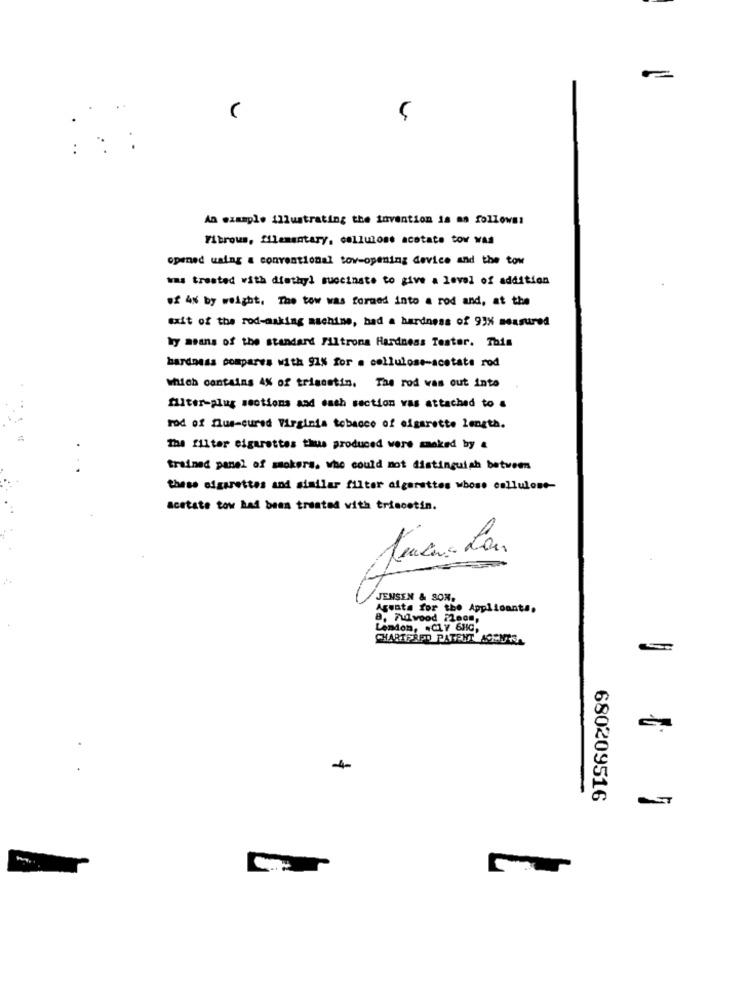
(
An example illustrating the invention is as follows:
Fibrous, Ellementary, cellulose acetate tov was
opened using a conventional tov-opening device and the tow
was treated with diethyl succinate to give a level of addition
of 4% by weight. The tow was formed into a rod and, at the
exit of the rod-making machine, had a hardness of 93% measured
by means of the standard Filtrona Hardness Tester. This
hardness compares with 91% for a cellulose-acetate rod
Which contains A% of trigostin. The rod was out into
filter-plug sections and each section vas attached to a
rod of nus-cured Virginia tobacco of cigarette length.
The filter cigarettes thus produced were smoked by .
trained panel of smokers. whe could not distinguish between
these cigarettes and similar filter algarattes whose cellulose-
acetate tow had been treated with trincetin.
JENSEN & SON.
Agenta for the Applicants.
a. Fudvood ilnon,
Lemdom, . CZY 6HG,
CHARTFRED PATENT ACENTE.
4
680209516